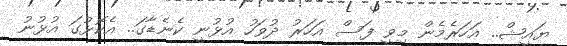
ޔައީޝް.. އަހަރެމެން މިވީ ފަސް އަހަރު ދުވަހު އުޅުނީ ކެނެޑާގަ.. އެކޮޅުގަ އުޅުނު